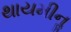
થાયમીનૢ